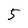
Character: 5